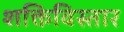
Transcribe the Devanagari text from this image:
शक्तिविस्तार